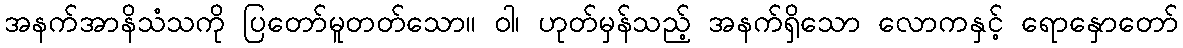
အနက်အာနိသံသကို ပြတော်မူတတ်သော။ ဝါ၊ ဟုတ်မှန်သည့် အနက်ရှိသော လောကနှင့် ရောနှောတော်